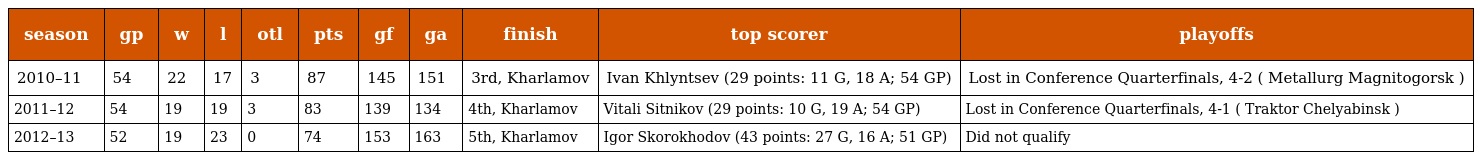
| season | gp | w | l | otl | pts | gf | ga | finish | top scorer | playoffs |
 | --- | --- | --- | --- | --- | --- | --- | --- | --- | --- | --- |
 | 2010–11 | 54 | 22 | 17 | 3 | 87 | 145 | 151 | 3rd, Kharlamov | Ivan Khlyntsev (29 points: 11 G, 18 A; 54 GP) | Lost in Conference Quarterfinals, 4-2 ( Metallurg Magnitogorsk ) |
 | 2011–12 | 54 | 19 | 19 | 3 | 83 | 139 | 134 | 4th, Kharlamov | Vitali Sitnikov (29 points: 10 G, 19 A; 54 GP) | Lost in Conference Quarterfinals, 4-1 ( Traktor Chelyabinsk ) |
 | 2012–13 | 52 | 19 | 23 | 0 | 74 | 153 | 163 | 5th, Kharlamov | Igor Skorokhodov (43 points: 27 G, 16 A; 51 GP) | Did not qualify |